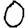
Digit: 0